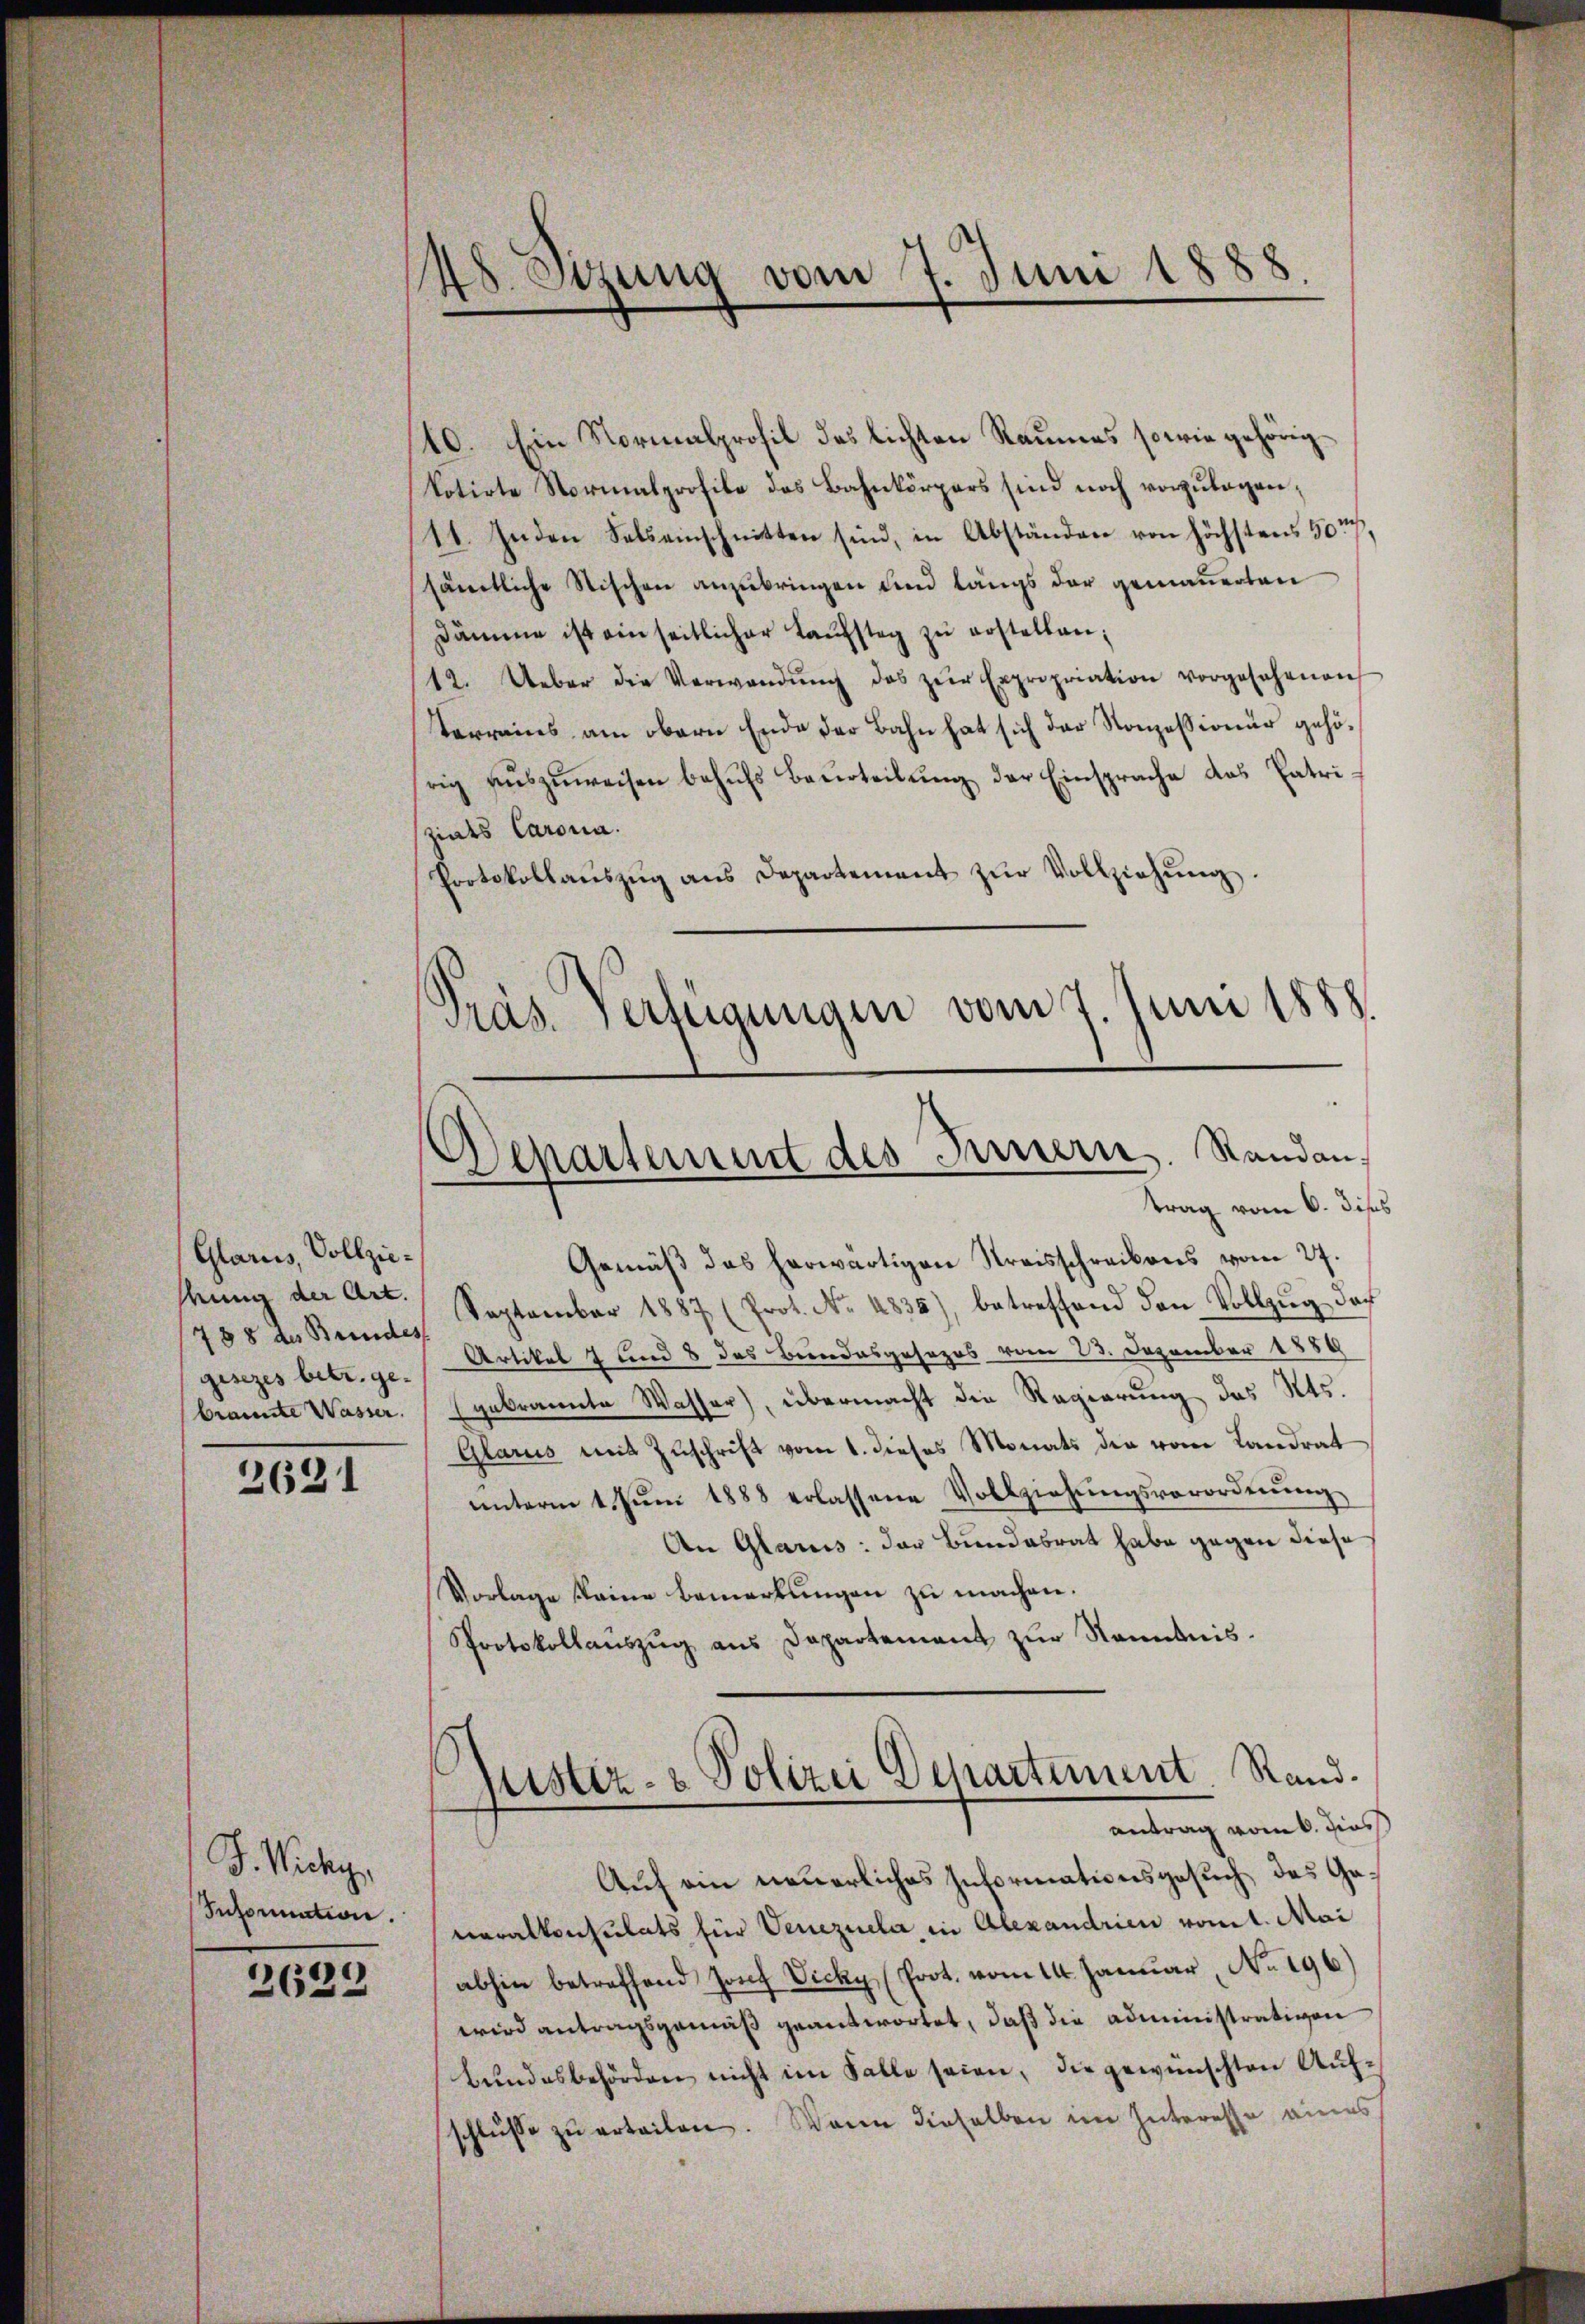
Glarus, Vollziestung der Art.
1788 des Bundes
gesezes betr. gebrannte Wasser.

2621

J. Wichy.
Snformation.

2629

48. Sitzung vom 7. Juni 1888

10. Ein Normalprofil des lichten Raumes sowie gehörigkotirte Normalprofile des Bahnkörpers sind noch vorzulagen,
11. Inden Felseinschnitten sind, in Abständen von höchstens 50
sämtliche Stischen anzubringen und längs der gemauerten
Dämme ist einseitlicher Laŭfstag zŭ erstellen;
12. Ueber die Verwendŭng des zŭr Expropriation vorgesehenen
terrains am obern Ende der Bahn hat sich der Konzessionär gehörig aŭszŭweisen behŭfs Beurteilŭng der Einsprache das Patrizials Carona.
Protokollaŭszŭg ans Departement zŭr Vollziehŭng.
Präs. Verfügungen vom 7. Juni 1888.

Departement des Innern. Standantrag vom 6. diss

Gemäβ das herwärtigen Kreisschreibens vom 27.
September 1887 (Prot. No. 4835), betreffend den Vollzŭg doch
Artikel 7 und 8 des Bundesgesezes vom 23. Dezember 1889
Egebrannte Wasser), übermacht die Regierung des Kts.
Glarus mit Zuschrift vom 1. dieses Monats der vom Landrat
ŭnterm 1. Jŭni 1888 erlassene Vollziehŭngsverordnŭng
An Glarus: der Bundesrat habe gegen diese
Vorlage keine Bemerkungen zu machen.
Protokollaŭszŭg ans Departement zŭr Kenntnis.
Justiz- & Polizei Departiment. Stand.
antrag vom 6. Diens
Auf ein neuerliches Informationsgesuch des Generalkonsulats für Venezuela in Alexandrien vom 1. Mai
abhin betreffend Josef Vicky (Prot. vom 14. Januar, No. 196.)
wird antragsgemäß geantwortet, daß die administrativen
Bundesbehörden nicht im Falle seien, die gewünschten Aufschlŭsse zŭ erteilen. Wann dieselben im Interesse eines